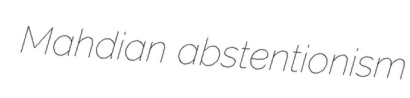
Mahdian abstentionism